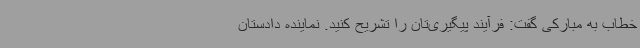
خطاب به مبارکی گفت: فرآیند پیگیری‌تان را تشریح کنید. نماینده دادستان